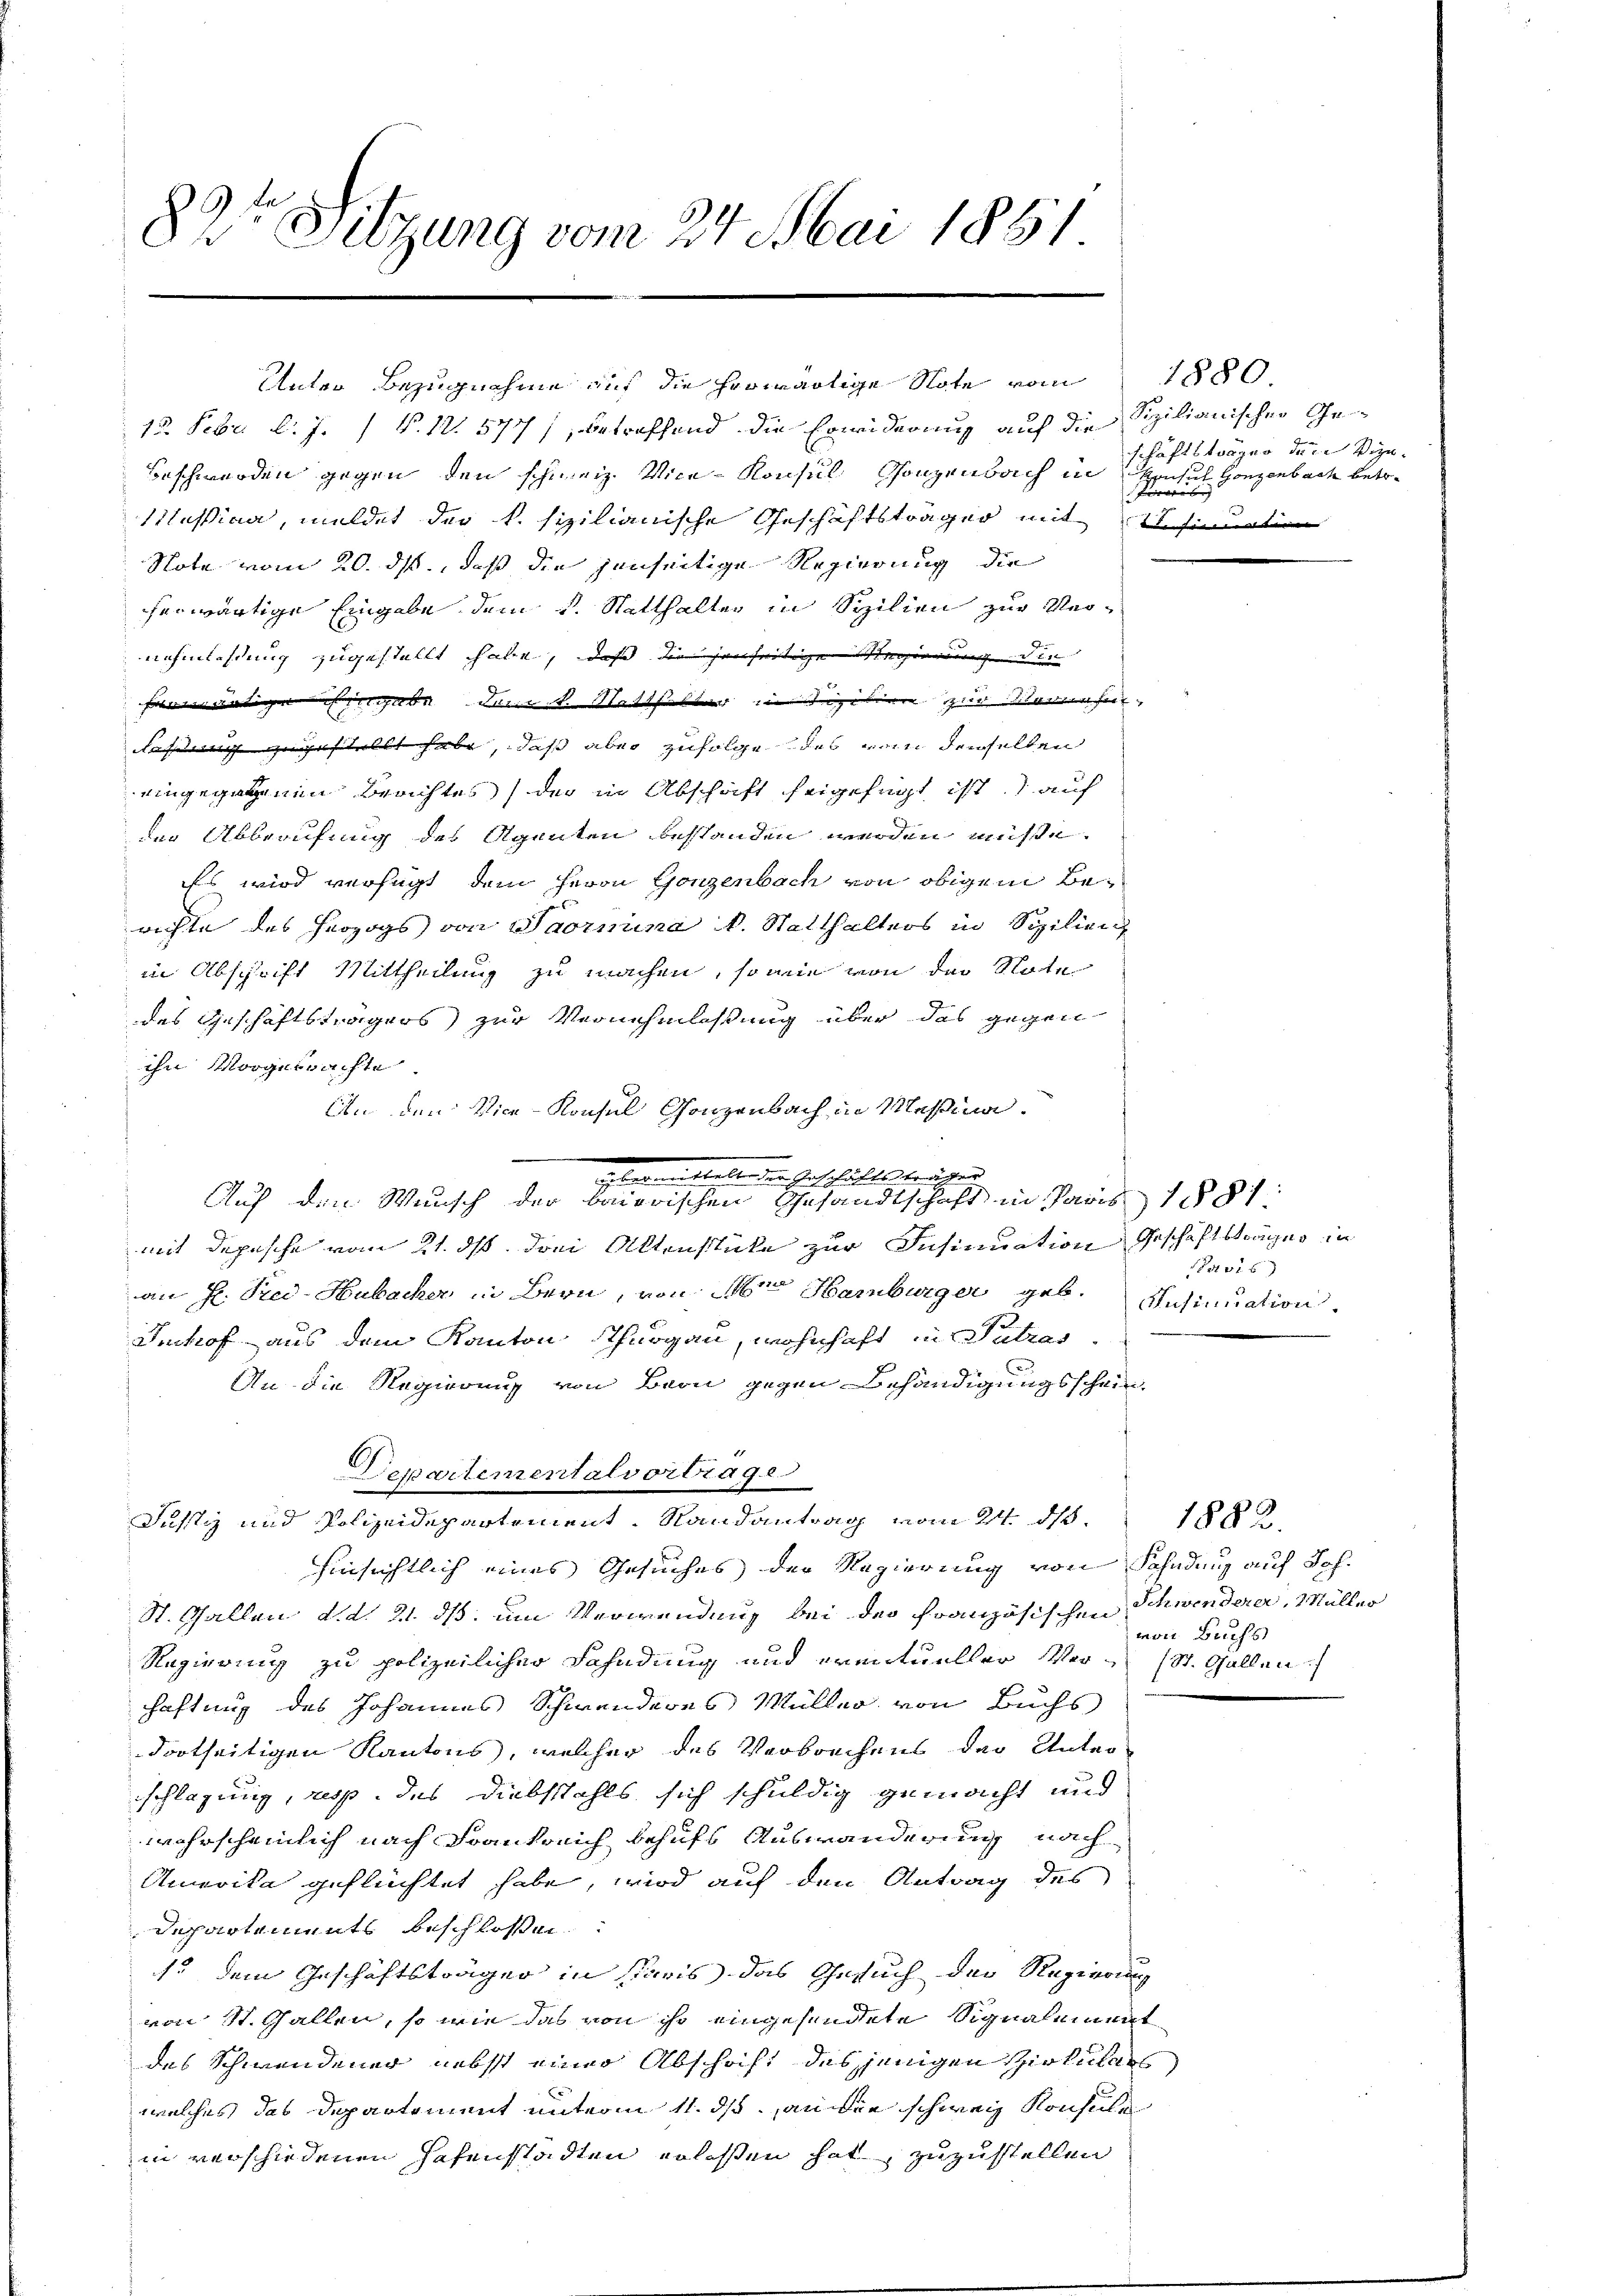
82te Sitzung vom 24. Mai 1861

Unter Bezugnahme auf die herwärtige Note vom 1880

13. Febr. l. J. / V. 12. 577), betreffend die Erwiderung auf die Sizilianischer Ge
Beschwerden gegen den schweiz. Vice-Konsul Konzenbach in H
Kassina, meldet der k. sizilianische Geschäftsträger mit sinuation
Note vom 20. ds, daß die jenseitige Regierung die
herwärtige Eingabe dem k. Statthalter in Spilien zur Ver-
nehmlassung zugestellt habe, daß die jenseitige Regierung in
ftätige Eingabe dem k. Statthalter in Sizilien zur Vermehr,
laßung zugestellt habe, daß aber zufolge des von denselben
eingegangenen Berichtes der in Abschaft beigefügt ist auf
der Abberufung des Agenten bestanden werden müsse.
Es wird verfügt, dem Herrn Gonzenbach von obigem Berichte des Herzogs von Saarmina u. Statthalters in Spilien
in Abschrift Mittheilung zu machen, so wie von der Note
des Geschäftsträgers zur Vernehmlassung über das gegen
ihn vorgetrachte
An den Vice-Konsul Gonzenbach in Messina.
an H. Fred-Hubacher in Bern, von der Hamburger geb. Insinuation
Imhof aus dem Kanton Thurgau, wohnhaft in Satzes.
An die Regierung von Bern gegen Behändigungsschein.
Departementalvortrage
Justiz und Polizeidepartement, Randantrag vom 24. d
hinsichtlich eines Gesuches der Regierung von Sohndung auf Joh.
St. Gallen d. d. 21. ds. um Verwendung bei der Französischen Schwenderer, Müller
Regierung zu polizeilicher Fahndung und eventueller Verchaftung des Johannes Schwenderes Müller von Buchs
dortseitigen Kantons, welcher des Verbrechens der Unter-
schlagung, resp. des Diebstahls sich schuldig gemacht und
wahrscheinlich nach Frankreich behufs Auswanderung nach
Anwoika geflüchtet habe, wird auf den Antrag des
Departements beschlossen:
1. dem Geschäftsträger in Paris das Gesuch der Regierung
von St. Gallen, so wie das von ihr eingesendete Signalement
des Schwendener nebst einer Abschrift desjenigen Zirkular
welches das Departement unterm 11. ds. an der schweiz Konsule
in verschiedenen Hafenstadten erlassen hat, zuzustellen

An der Geschäftsträger
Auf den Wunsch der bonorischen Gesandtschaft in Paris 1881
mit Depesche vom 21. ds. drei Aktenstücke zur Insinuation Geschäftstrages in

schäftsträger den Vizei Gonzenbach betr.
ferwebe |

6

von Buchs
St. Gallen

¬

1882.